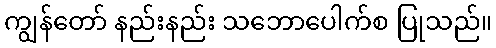
ကျွန်တော် နည်းနည်း သဘောပေါက်စ ပြုသည်။